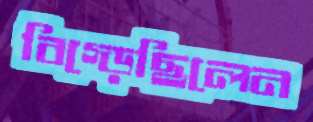
বিগ্‌ড়েছিলেন